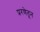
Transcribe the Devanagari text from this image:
प्ररणेतून